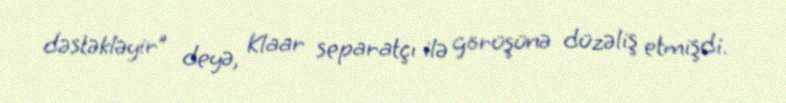
dəstəkləyir” deyə, Klaar separatçı ilə görüşünə düzəliş etmişdi.